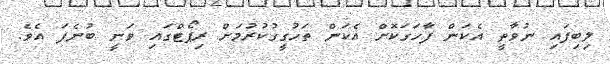
ލިބިފައި ނުވާތީ އެކަން ފާހަގަކޮށް އެކަން ތަހުގީގުކުރުމަށް ރިޕޯޓްގައި ވަނީ ބުނެފަ އެވެ.